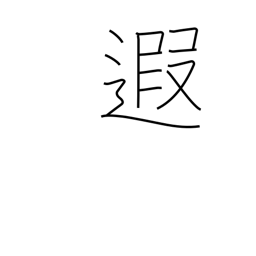
Meaning: distant